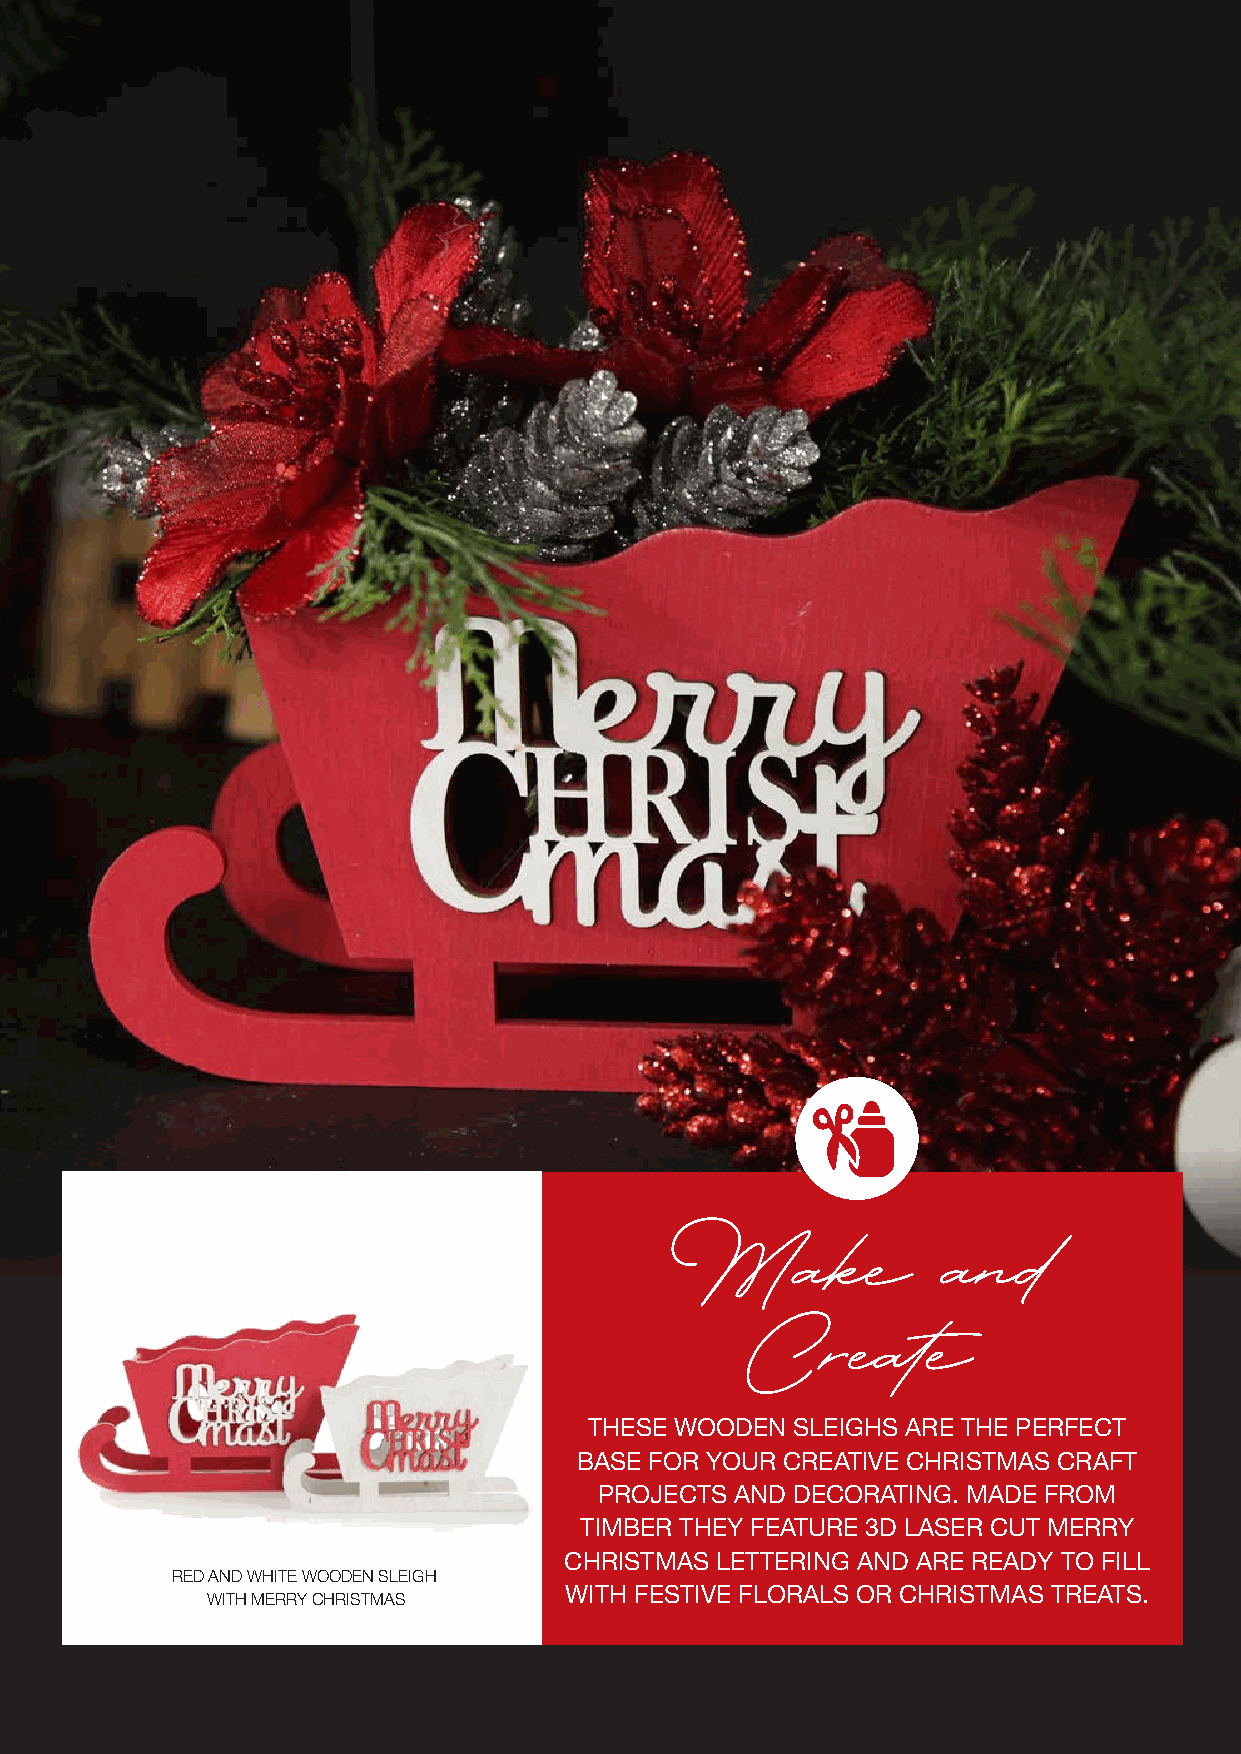
Make              and
 Create
 THESE WOODEN SLEIGHS ARE THE PERFECT
 BASE FOR YOUR CREATIVE CHRISTMAS CRAFT
 PROJECTS AND DECORATING. MADE FROM
 TIMBER THEY FEATURE 3D LASER CUT MERRY
 CHRISTMAS LETTERING AND ARE READY TO FILL
 RED AND WHITE WOODEN SLEIGH
 WITH FESTIVE FLORALS OR CHRISTMAS TREATS.
 WITH MERRY CHRISTMAS
 SHOP ONLINE WWW.THECHRISTMASCART.COM.AU | 32